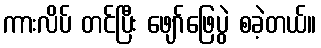
ကားလိပ် တင်ပြီး ဖျော်ဖြေပွဲ စခဲ့တယ်။